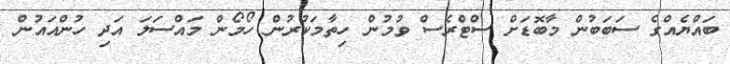
ބައްޔެއްގެ ސަބަބުން މާބޮޑަށް ސްޓްރެސް ވުމުން ހިތާމަކުރުން ހޯމޯން މައްސަލަ އަދި ހުންއައުން